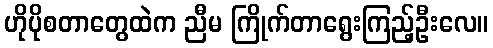
ဟိုပိုစတာတွေထဲက ညီမ ကြိုက်တာရွေးကြည့်ဦးလေ။